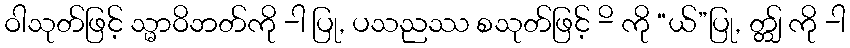
ဝါသုတ်ဖြင့် သ္မာဝိဘတ်ကို -ါ ပြု, ပသညဿ စသုတ်ဖြင့် -ိ ကို “ယ်”ပြု, တ္တျ် ကို -ါ